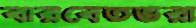
বারবেতভরা